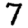
Digit: 7